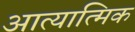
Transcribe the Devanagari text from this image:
आत्यात्मिक